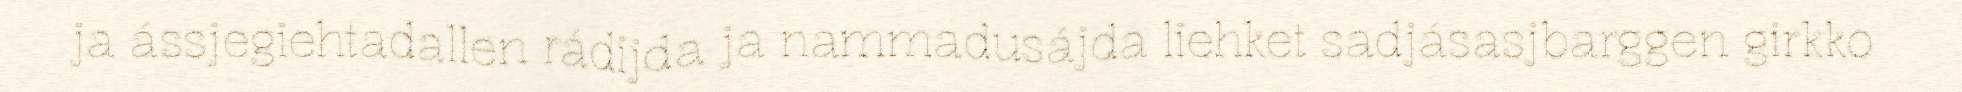
ja ássjegiehtadallen rádijda ja nammadusájda liehket sadjásasjbarggen girkko